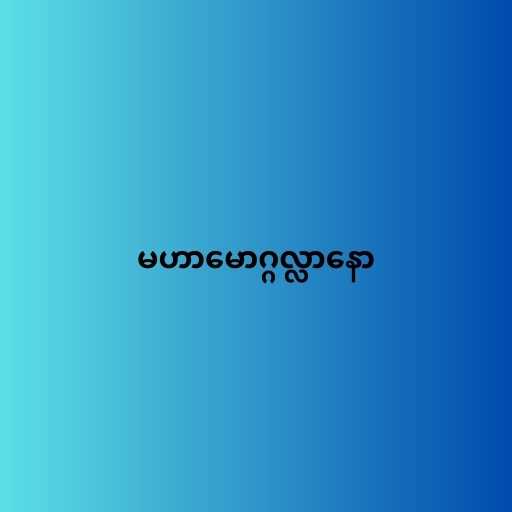
မဟာမောဂ္ဂလ္လာနော